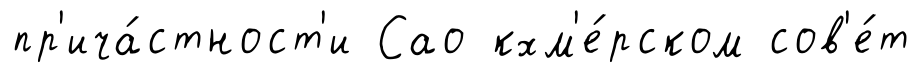
пр'ича́стност'и Сао кхм'е́рском сов'е́т